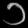
Digit: ၁